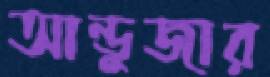
আন্ডুজার